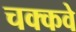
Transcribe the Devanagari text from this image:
चक्‍कवे